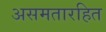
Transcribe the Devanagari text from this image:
असमतारहित